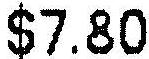
$7.80